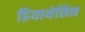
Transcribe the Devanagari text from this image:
डियाथेसिस